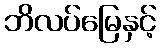
ဘိလပ်မြေနှင့်